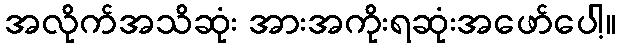
အလိုက်အသိဆုံး အားအကိုးရဆုံးအဖော်ပေါ့။